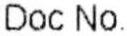
DOC NO